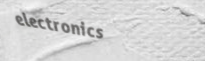
electronics